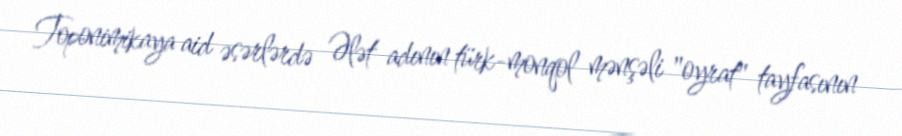
Toponimikaya aid əsərlərdə Ələt adının türk-monqol mənşəli "oyrat" tayfasının